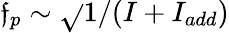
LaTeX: \mathfrak{f}_{p}\sim\sqrt{}{{1/(I+I_{add})}}